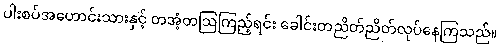
ပါးစပ်အဟောင်းသားနှင့် တအံ့တဩကြည့်ရင်း ခေါင်းတညိတ်ညိတ်လုပ်နေကြသည်။